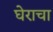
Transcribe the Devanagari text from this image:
घेराचा